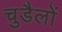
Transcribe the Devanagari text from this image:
चुडैलों